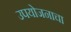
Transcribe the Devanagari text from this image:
उपयोजनाचा